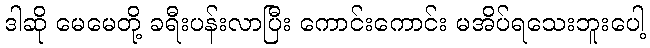
ဒါဆို မေမေတို့ ခရီးပန်းလာပြီး ကောင်းကောင်း မအိပ်ရသေးဘူးပေါ့